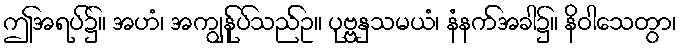
ဤအရပ်၌။ အဟံ၊ အကျွန်ုပ်သည်ဥ။ ပုဗ္ဗနှသမယံ၊ နံနက်အခါ၌။ နိဝါသေတွာ၊